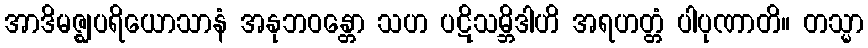
အာဒိမဇ္ဈပရိယောသာနံ အနုဘဝန္တော သဟ ပဋိသမ္ဘိဒါဟိ အရဟတ္တံ ပါပုဏာတိ။ တသ္မာ